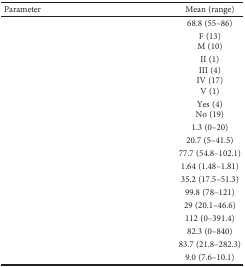
<table><thead><tr><td><b>Parameter</b></td><td><b>Mean (range)</b></td></tr></thead><tbody><tr><td>[EMPTY_CELL]</td><td>68.8 (55–86)</td></tr><tr><td>[EMPTY_CELL]</td><td>F (13)M (10)</td></tr><tr><td>[EMPTY_CELL]</td><td>II (1)III (4)IV (17)V (1)</td></tr><tr><td>[EMPTY_CELL]</td><td>Yes (4)No (19)</td></tr><tr><td>[EMPTY_CELL]</td><td>1.3 (0–20)</td></tr><tr><td>[EMPTY_CELL]</td><td>20.7 (5–41.5)</td></tr><tr><td>[EMPTY_CELL]</td><td>77.7 (54.8–102.1)</td></tr><tr><td>[EMPTY_CELL]</td><td>1.64 (1.48–1.81)</td></tr><tr><td>[EMPTY_CELL]</td><td>35.2 (17.5–51.3)</td></tr><tr><td>[EMPTY_CELL]</td><td>99.8 (78–121)</td></tr><tr><td>[EMPTY_CELL]</td><td>29 (20.1–46.6)</td></tr><tr><td>[EMPTY_CELL]</td><td>112 (0–391.4)</td></tr><tr><td>[EMPTY_CELL]</td><td>82.3 (0–840)</td></tr><tr><td>[EMPTY_CELL]</td><td>83.7 (21.8–282.3)</td></tr><tr><td>[EMPTY_CELL]</td><td>9.0 (7.6–10.1)</td></tr></tbody></table>